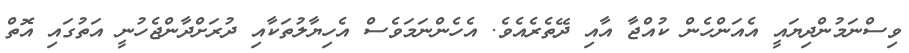
ވިސްނަމުންދިޔައީ އެއަންހެން ކުއްޖާ އާއި ދޭތެރެއެވެ. އެހެންނަމަވެސް އެހިޔާލުތަކާއި ދުރަށްދާންޖެހުނީ އަތުގައި އޮތް